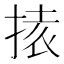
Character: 𭡉